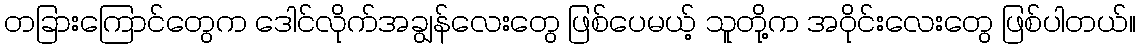
တခြားကြောင်တွေက ဒေါင်လိုက်အချွန်လေးတွေ ဖြစ်ပေမယ့် သူတို့က အဝိုင်းလေးတွေ ဖြစ်ပါတယ်။